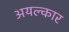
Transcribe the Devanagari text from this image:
अयल्कार